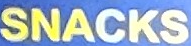
SNACKS